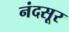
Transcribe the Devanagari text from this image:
नंदसूर